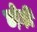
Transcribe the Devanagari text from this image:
छो़ड़ी